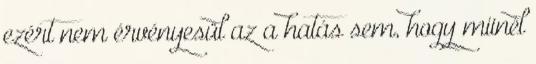
ezért nem érvényesül az a hatás sem, hogy miinél